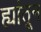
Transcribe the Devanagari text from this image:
ह्यांतून